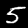
Digit: 5